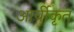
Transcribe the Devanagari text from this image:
आर्यीकृत